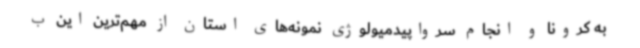
به کرونا و انجام سرواپیدمیولوژی نمونه‌های استان از مهم‌ترین این ب